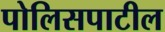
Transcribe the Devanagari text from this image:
पोलिसपाटील